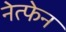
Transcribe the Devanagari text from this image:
नेत्फेन